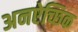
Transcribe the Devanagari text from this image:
अनऐच्छिक